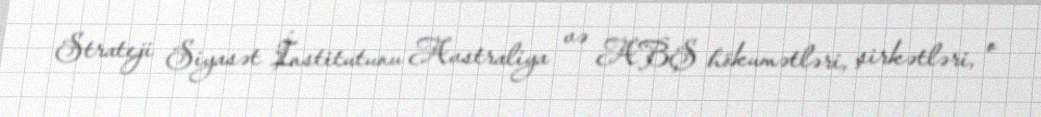
Strateji Siyasət İnstitutunu Avstraliya və ABŞ hökumətləri, şirkətləri, o